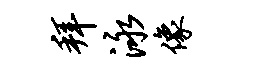
拜泳像